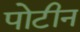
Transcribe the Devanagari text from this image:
पोटीन